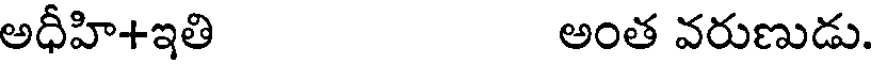
అధీహి+ఇతి అంత వరుణుడు.